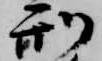
刑